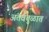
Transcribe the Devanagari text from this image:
अंतर्वतुळात